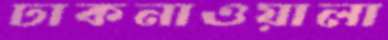
ঢাকনাওয়ালা